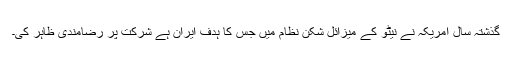
گذشتہ سال امریکہ نے نیٹو کے میزائل شکن نظام میں جس کا ہدف ایران ہے شرکت پر رضامندی ظاہر کی۔